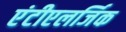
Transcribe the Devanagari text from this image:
एंटीएलर्जिक